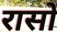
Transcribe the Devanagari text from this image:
रासों